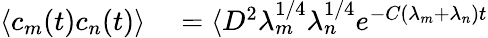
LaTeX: \begin{array}{rl}{\langle c_{m}(t)c_{n}(t)\rangle}&{{}=\langle D^{2}\lambda_{m}^{1/4}\lambda_{n}^{1/4}e^{-C(\lambda_{m}+\lambda_{n})t}}\end{array}